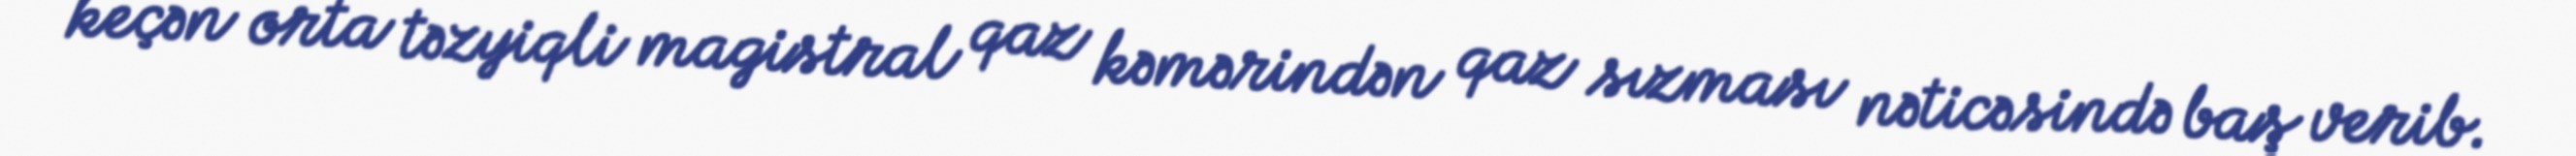
keçən orta təzyiqli magistral qaz kəmərindən qaz sızması nəticəsində baş verib.